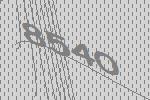
8540